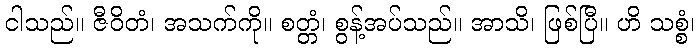
ငါသည်။ ဇီဝိတံ၊ အသက်ကို။ စတ္တံ၊ စွန့်အပ်သည်။ အာသိ၊ ဖြစ်ပြီ။ ဟိ သစ္စံ၊